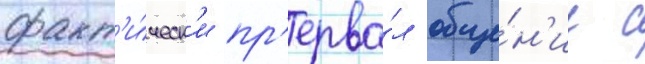
факт'и́ческ'и пр'ерва́л обще́н'ие с